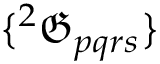
\{ { ^ { 2 } \mathfrak { G } _ { p q r s } } \}